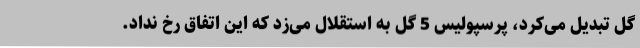
گل تبدیل می‌کرد، پرسپولیس 5 گل به استقلال می‌زد که این اتفاق رخ نداد.